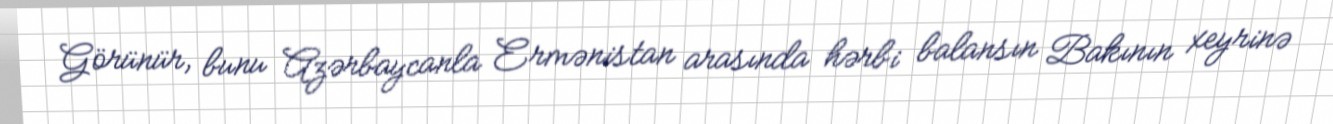
Görünür, bunu Azərbaycanla Ermənistan arasında hərbi balansın Bakının xeyrinə